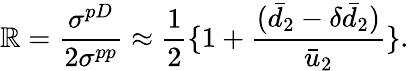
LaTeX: \mathbb{R}=\frac{{\sigma^{pD}}}{{2\sigma^{pp}}}\approx\frac{{1}}{{2}}\{ 1+\frac{{(\bar{{d}}_{2}-\delta\bar{{d}}_{2})}}{{\bar{{u}}_{2}}}\} .